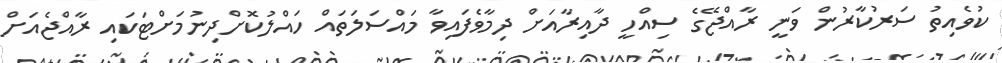
ކުވެއިތު ސަރުކާރުން ވަނީ ރާއްޖޭގެ ސިއްހީ ދާއިރާއަށް ދިމާވެފައިވާ މައްސަލަތައް ހައްލުކޮށްދިނުމަށްޓަކައި ރާއްޖެއަށް